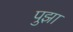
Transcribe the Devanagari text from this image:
पुझा